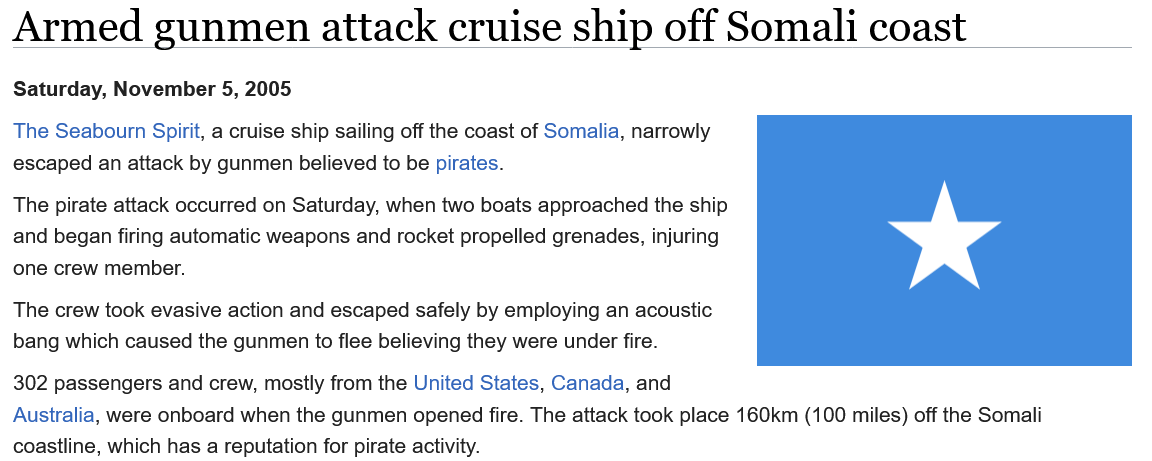
The Seabourn Spirit, a cruise ship sailing off the coast of Somalia, narrowly
  escaped an attack by gunmen believed to be pirates.
  The pirate attack occurred on Saturday, when two boats approached the ship
  and began firing automatic weapons and rocket propelled grenades, injuring
  one crew member.
  The crew took evasive action and escaped safely by employing an acoustic
  bang which caused the gunmen to flee believing they were under fire.
  302 passengers and crew, mostly from the United States, Canada, and
  Australia, were onboard when the gunmen opened fire. The attack took place 160km (100 miles) off the Somali
  coastline, which has a reputation for pirate activity.
  Saturday, November 5, 2005
  Armed    gunmen    attack    cruise    ship    off  Somali    coast